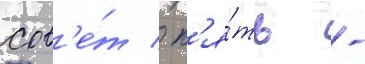
сов'е́т / п'я́ть -